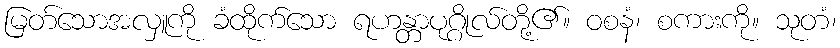
မြတ်သောအလှူကို ခံထိုက်သော ရဟန္တာပုဂ္ဂိုလ်တို့၏။ ဝစနံ၊ စကားကို။ သုတံ၊